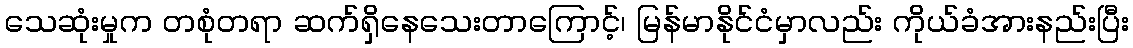
သေဆုံးမှုက တစုံတရာ ဆက်ရှိနေသေးတာကြောင့်၊ မြန်မာနိုင်ငံမှာလည်း ကိုယ်ခံအားနည်းပြီး